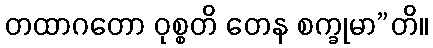
တထာဂတော ဝုစ္စတိ တေန စက္ခုမာ”တိ။